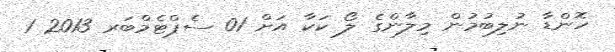
ހޮންޑާ ނުލިބުމުން މިލާންގެ ލޯ ކަކާ އަށް 01 ސެޕްޓެމްބަރ 2013 1